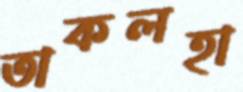
তাকলহা